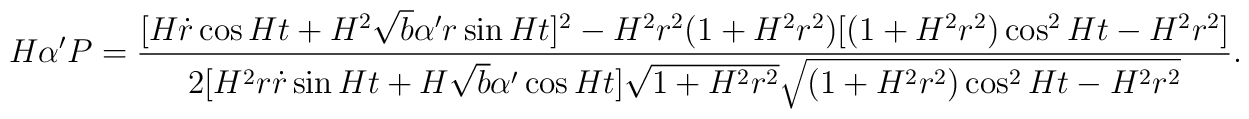
H\alpha' P=\frac{[H\dot{r}\cos Ht+H^2\sqrt{b}\alpha' r\sin Ht]^2-H^2r^2(1+H^2r^2)[(1+H^2r^2)\cos^2Ht-H^2r^2]}{2[H^2r\dot{r}\sin Ht+H\sqrt{b}\alpha'\cos Ht]\sqrt{1+H^2r^2}\sqrt{(1+H^2r^2)\cos^2Ht-H^2r^2}}.